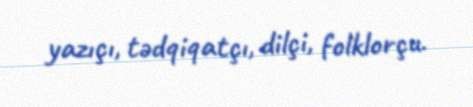
yazıçı, tədqiqatçı, dilçi, folklorçu.